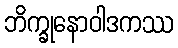
ဘိက္ခုနောဝါဒကဿ